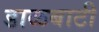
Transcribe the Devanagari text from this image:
डाळबाटी